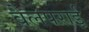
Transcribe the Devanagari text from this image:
वेलपराई